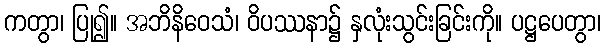
ကတွာ၊ ပြု၍။ အဘိနိဝေသံ၊ ဝိပဿနာ၌ နှလုံးသွင်းခြင်းကို။ ပဋ္ဌပေတွာ၊